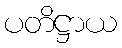
ပတိဋ္ဌာယ